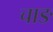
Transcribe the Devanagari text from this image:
चाङ